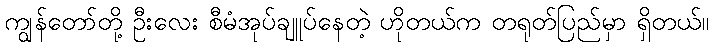
ကျွန်တော်တို့ ဦးလေး စီမံအုပ်ချူပ်နေတဲ့ ဟိုတယ်က တရုတ်ပြည်မှာ ရှိတယ်။